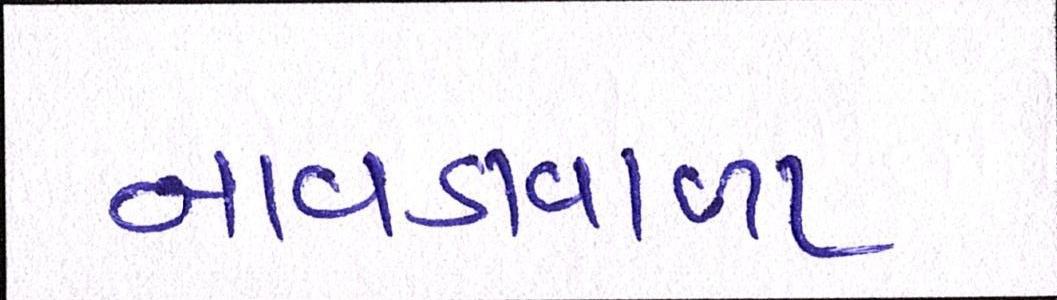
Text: નાવડાવાળા